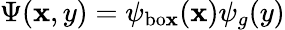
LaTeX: \Psi(\mathbf{x},y)=\psi_{\mathrm{{{bo\mathbf{x}}}}}(\mathbf{x})\psi_{g}(y)